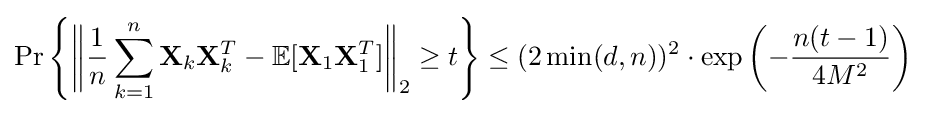
\Pr \left\{{\bigg \Vert }{\frac {1}{n}}\sum _{k=1}^{n}\mathbf {X} _{k}\mathbf {X} _{k}^{T}-\mathbb {E} [\mathbf {X} _{1}\mathbf {X} _{1}^{T}]{\bigg \Vert }_{2}\geq t\right\}\leq (2\min(d,n))^{2}\cdot \exp \left(-{\frac {n(t-1)}{4M^{2}}}\right)